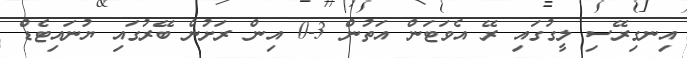
އިނގިރޭސި ލީގުގައި ރޭ އެވަޓަން އަތުން 3-0 އިން ރަށުން ބޭރުގައި ޔުނައިޓެޑް